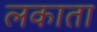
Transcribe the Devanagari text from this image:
लकाता